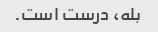
بله، درست است.